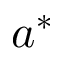
a ^ { * }